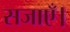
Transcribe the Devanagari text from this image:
सजाएँ।